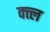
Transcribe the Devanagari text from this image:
क्त्ल